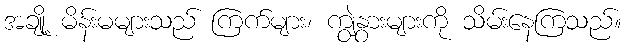
အချို့ မိန်းမများသည် ကြက်များ၊ ကျွဲနွားများကို သိမ်းနေကြသည်။